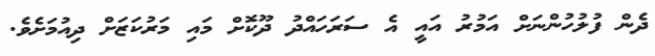
ދެން ފުލުހުންނަށް އަމުރު އައީ އެ ސަރަހައްދު ދޫކޮށް މައި މަރުކަޒަށް ދިއުމަށެވެ.